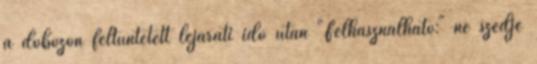
a dobozon feltüntetett lejárati idő után "Felhasználható:" ne szedje